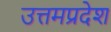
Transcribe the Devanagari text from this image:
उत्तमप्रदेश